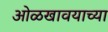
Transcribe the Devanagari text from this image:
ओळखावयाच्या